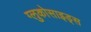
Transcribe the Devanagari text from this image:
ग्लुकोसाइड्‌स